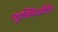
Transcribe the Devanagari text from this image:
न्यूक्लिऔटिड